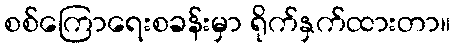
စစ်ကြောရေးစခန်းမှာ ရိုက်နှက်ထားတာ။